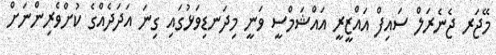
މޭޖަރ ޖެނެރަލް ސައިފް އައްޒީރީ އައްޝަމްސީ ވަނީ މިދަނޑިވަޅުގައި ގިނަ އަދަދެއްގެ ކުށްވެރިންނަށް